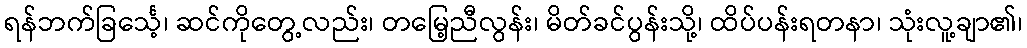
ရန်ဘက်ခြင်္သေ့၊ ဆင်ကိုတွေ့လည်း၊ တမြေ့ညီလွန်း၊ မိတ်ခင်ပွန်းသို့၊ ထိပ်ပန်းရတနာ၊ သုံးလူ့ချာ၏၊